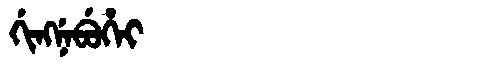
Manchu: ᡤᡳᠩᠨᡝᠪᡠᡥᡝᡳ
Romanization: GINGNEBUHEI